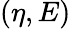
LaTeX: (\eta,E)